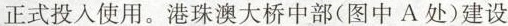
正式投入使用。港珠澳大桥中部(图中A处)建设